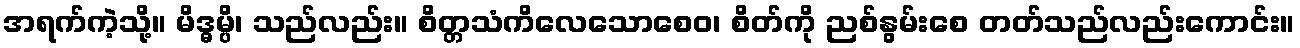
အရက်ကဲ့သို့။ မိဒ္ဓမ္ပိ၊ သည်လည်း။ စိတ္တသံကိလေသောစေဝ၊ စိတ်ကို ညစ်နွမ်းစေ တတ်သည်လည်းကောင်း။